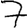
Digit: 7